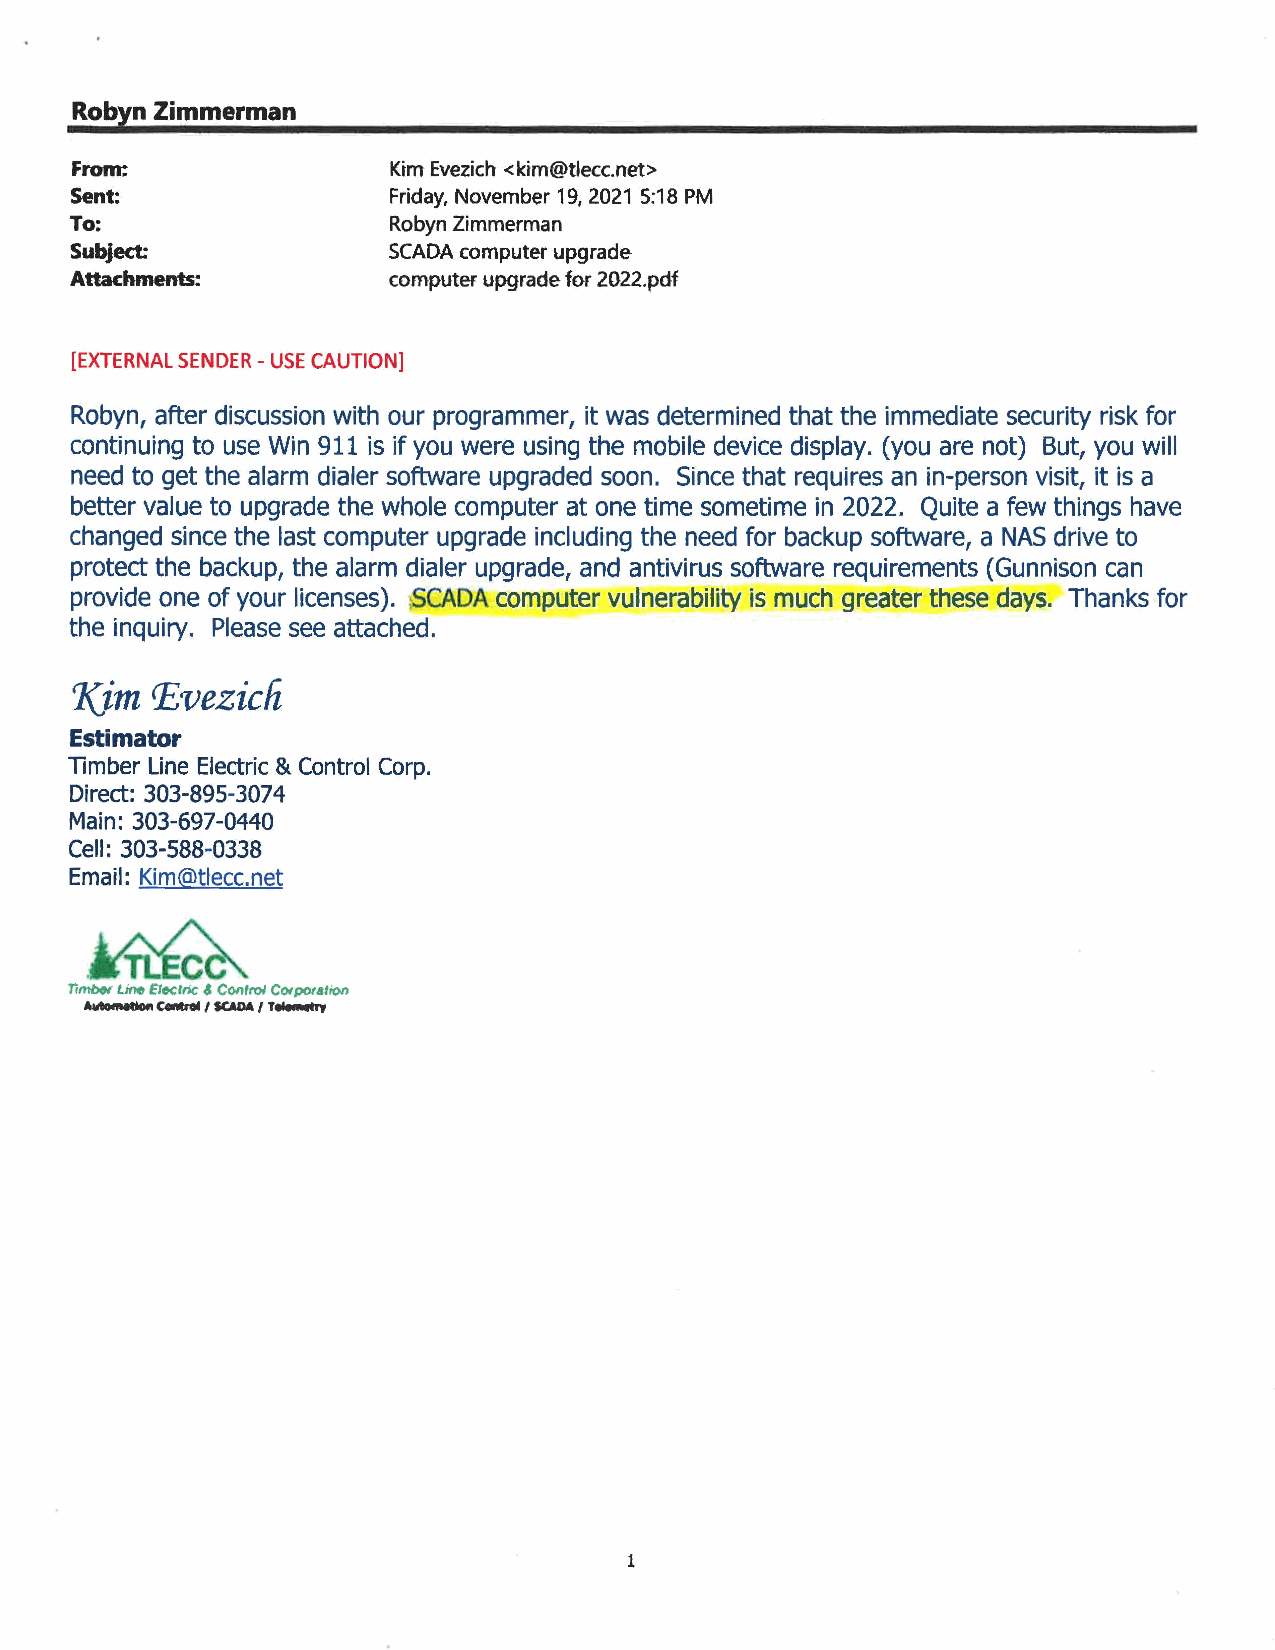
Robyn Zimmerman
 From:                Kim Evezich <kim@tlecc.net>
 Sent:                Friday, November 19, 2021 5:18 PM
 To:                  Robyn Zimmerman
 Subject:             SCADA computer upgrade
 Attachments:         computer upgrade for 2022.pdf
 [EXTERNAL SENDER -USE CAUTION]
 Robyn, after discussion with our programmer, it was determined that the immediate security risk for
 continuing to use Win 911 is if you were using the mobile device display. (you are not) But, you will
 need to get the alarm dialer software upgraded soon. Since that requires an in-person visit, it is a
 better value to upgrade the whole computer at one time sometime in 2022. Quite a few things have
 changed since the last computer upgrade including the need for backup software, a NAS drive to
 protect the backup, the alarm dialer upgrade, and antivirus software requirements (Gunnison can
 provide one of your licenses). SCADA computer vulnerability is much greater these days. Thanks for
 the inquiry. Please see attached.
 7.(im P,vezicli
 Estimator
 Timber Line Electric & Control Corp.
 Direct: 303-895-3074
 Main: 303-697-0440
 Cell: 303-588-0338
 Email: Kim@tlecc.net
 1